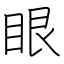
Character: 眼